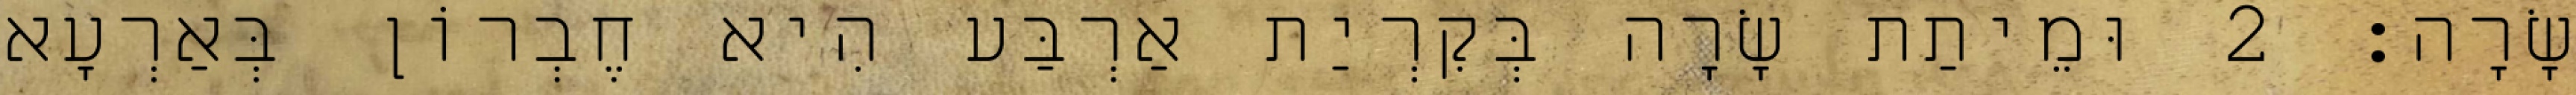
שָׂרָה׃ 2 וּמֵיתַת שָׂרָה בְּקִרְיַת אַרְבַּע הִיא חֶבְרוֹן בְּאַרְעָא